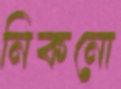
নিকনো